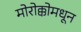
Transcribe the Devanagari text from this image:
मोरोक्कोमधून